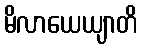
မိလာယေယျာတိ